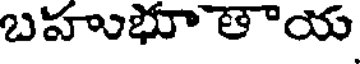
బహుభూతాయ